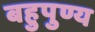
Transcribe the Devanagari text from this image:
बहुपुण्य